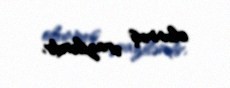
olunmuş ərazilərdir.